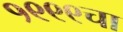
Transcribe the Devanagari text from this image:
१९९९चा